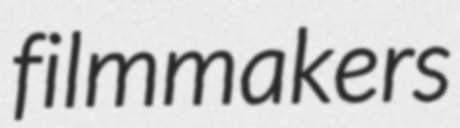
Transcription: filmmakers